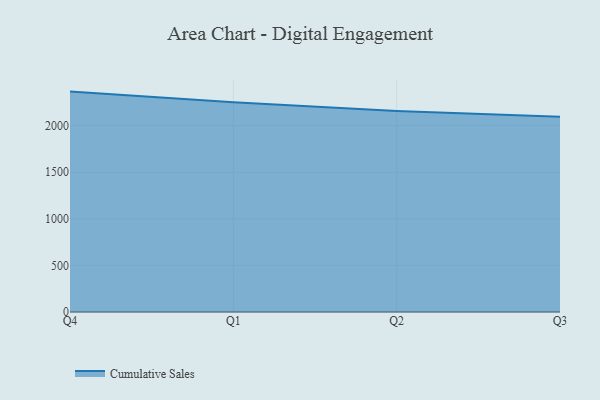
{"axis": {"x": "Quarter", "y": "Bounce Rate (%)"}, "legend": ["Cumulative Sales"], "data": [{"x": "Q4", "y": 2365.9, "type": "Cumulative Sales"}, {"x": "Q1", "y": 2251.9, "type": "Cumulative Sales"}, {"x": "Q2", "y": 2158.1, "type": "Cumulative Sales"}, {"x": "Q3", "y": 2095.3, "type": "Cumulative Sales"}]}